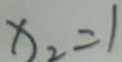
x _ { 2 } = 1